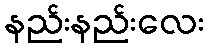
နည်းနည်းလေး